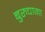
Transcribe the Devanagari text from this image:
बुरुचागा